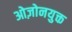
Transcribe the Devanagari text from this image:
ओज़ोनयुक्त